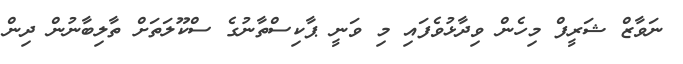
ނަވާޒް ޝަރީފް މިހެން ވިދާޅުވެފައި މި ވަނީ ޕާކިސްތާނުގެ ސްކޫލަތަށް ތާލިބާނުން ދިން